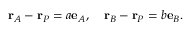
\mathbf { r } _ { A } - \mathbf { r } _ { P } = a \mathbf { e } _ { A } , \quad \mathbf { r } _ { B } - \mathbf { r } _ { P } = b \mathbf { e } _ { B } .